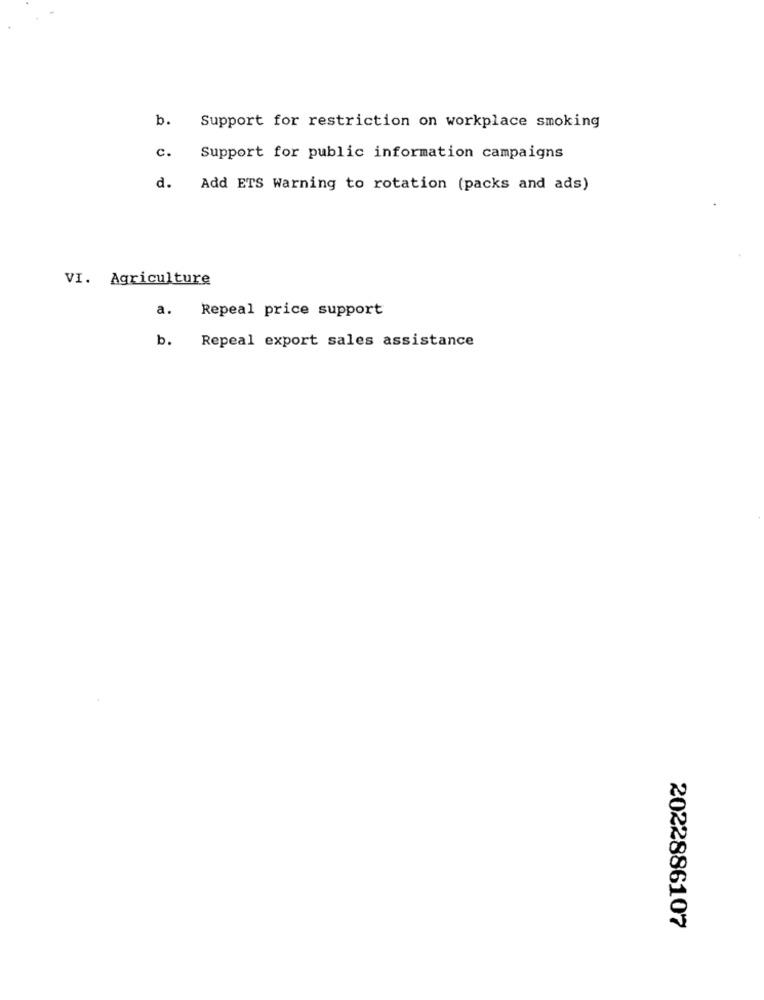
b.
Support for restriction on workplace smoking
c.
Support for public information campaigns
d.
Add ETS Warning to rotation (packs and ads)
VI. Agriculture
a.
Repeal price support
b.
Repeal export sales assistance
2022886107